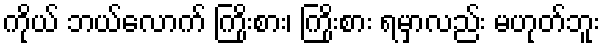
ကိုယ် ဘယ်လောက် ကြိုးစား၊ ကြိုးစား ရမှာလည်း မဟုတ်ဘူး